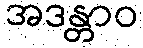
အဒန္တာဝ